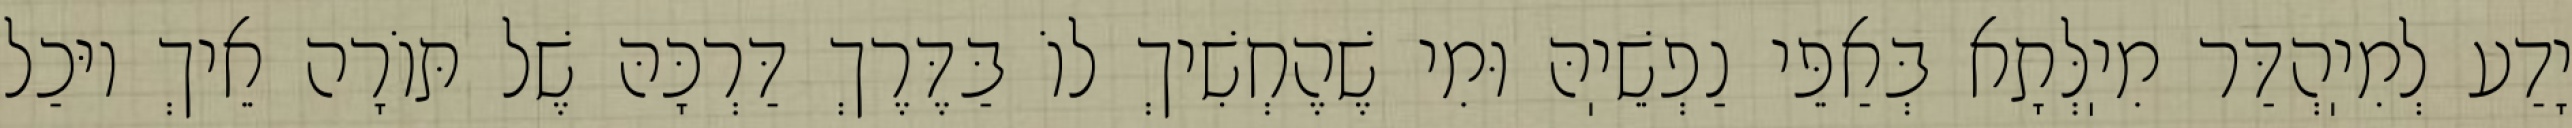
יָדַע לְמִיֽהְדַּר מִיֽלְּתָא בְּאַפֵּי נַפְשֵׁיֽהּ וּמִי שֶׁהֶחְשִׁיךְ לוֹ בַּדֶּרֶךְ דַּרְכָּהּ שֶׁל תּוֹרָה אֵיךְ יוּכַל